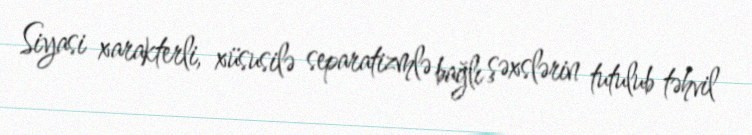
Siyasi xarakterli, xüsusilə separatizmlə bağlı şəxslərin tutulub təhvil